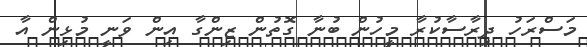
މަސްރަހު ދިރާސާކުރާ މީހުން ބުނާ ގޮތުން ޒިންގާ އިން ވަނީ މުޅިން އާ